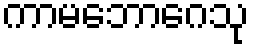
ကာမဘောဂေသု